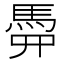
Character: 𩢏